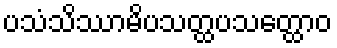
ပသံသိဿာမိပသတ္ထပသတ္ထောဝ